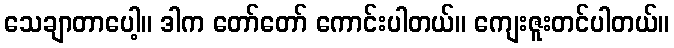
သေချာတာပေါ့။ ဒါက တော်တော် ကောင်းပါတယ်။ ကျေးဇူးတင်ပါတယ်။